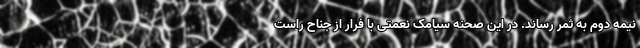
نیمه دوم به ثمر رساند. در این صحنه سیامک نعمتی با فرار از جناح راست